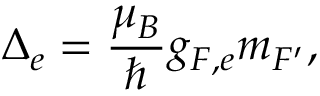
\Delta _ { e } = \frac { \mu _ { B } } { \hbar } g _ { F , e } m _ { F ^ { \prime } } ,